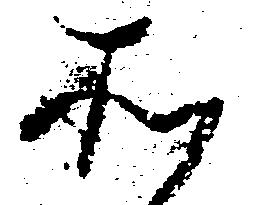
そ